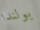
بولندا